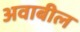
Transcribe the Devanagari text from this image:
अवाबील